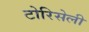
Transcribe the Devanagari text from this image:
टोरिसेली